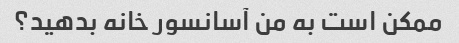
ممکن است به من آسانسور خانه بدهید؟